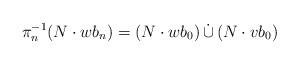
LaTeX: \begin{align*} \pi _{n}^{-1}(N\cdot wb_{n})=(N\cdot wb_{0})\,\dot{\cup}\,(N\cdot vb_{0})\end{align*}